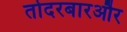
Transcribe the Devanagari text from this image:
तोदरबारऔर